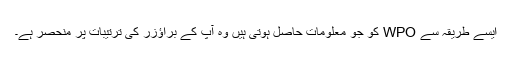
ایسے طریقہ سے WPO کو جو معلومات حاصل ہوتی ہیں وہ آپ کے براؤزر کی ترتیبات پر منحصر ہے۔